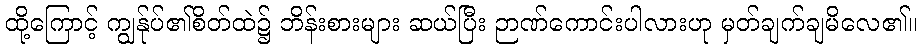
ထို့ကြောင့် ကျွန်ုပ်၏စိတ်ထဲ၌ ဘိန်းစားများ ဆယ်ပြီး ဉာဏ်ကောင်းပါလားဟု မှတ်ချက်ချမိလေ၏။